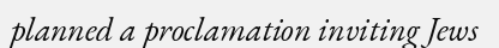
planned a proclamation inviting Jews